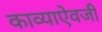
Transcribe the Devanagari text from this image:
काव्याऐवजी